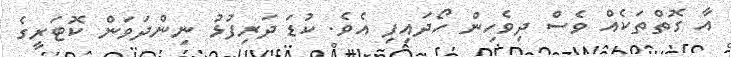
އާ ގޮތްތަކެއް ވެސް ދިވެހިން ހޯދައިފި އެވެ. ކުޑަ ދަރިފުޅު ނިންދަވަން ކޮޓަރީގެ